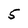
Character: 5